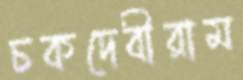
চকদেবীরাম